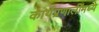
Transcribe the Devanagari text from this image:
कार्यप्रणालींमध्ये